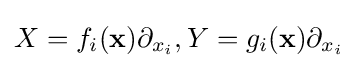
X=f_{i}({\textbf {x}})\partial _{x_{i}},Y=g_{i}({\textbf {x}})\partial _{x_{i}}